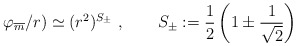
\begin{align*}\varphi_{\overline{m}} /r) \simeq (r^2)^{S_\pm}\ , \qquad S_\pm : = \frac{1}{2} \left( 1 \pm \frac{1}{\sqrt{2}} \right)\end{align*}